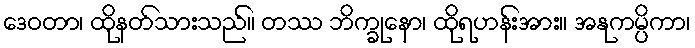
ဒေဝတာ၊ ထိုနတ်သားသည်။ တဿ ဘိက္ခုနော၊ ထိုရဟန်းအား။ အနုကမ္ပိကာ၊